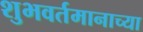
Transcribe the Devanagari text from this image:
शुभवर्तमानाच्या